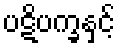
ပဋိပက္ခနှင့်